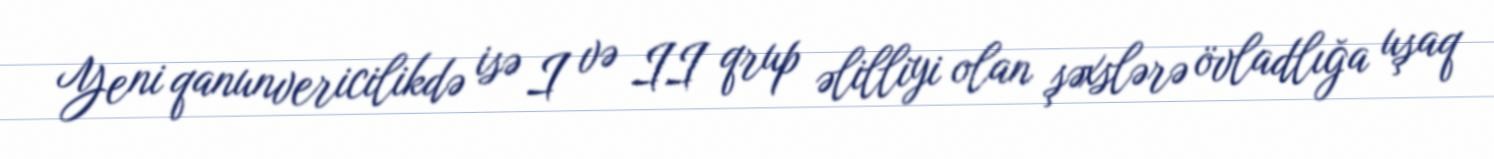
Yeni qanunvericilikdə isə I və II qrup əlilliyi olan şəxslərə övladlığa uşaq